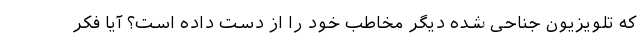
که تلویزیون جناحی شده دیگر مخاطب خود را از دست داده است؟ آیا فکر